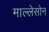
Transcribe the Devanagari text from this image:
माल्लेसोन